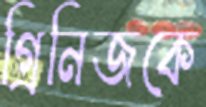
গ্রিনিজকে